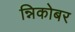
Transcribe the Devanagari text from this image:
न्निकोबर